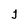
Character: j